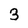
Character: 3